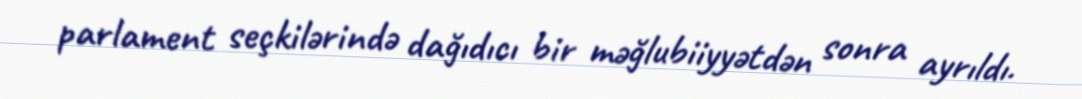
parlament seçkilərində dağıdıcı bir məğlubiiyyətdən sonra ayrıldı.